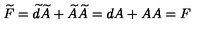
\widetilde { F } = \widetilde { d } \widetilde { A } + \widetilde { A } \widetilde { A } = d A + A A = F